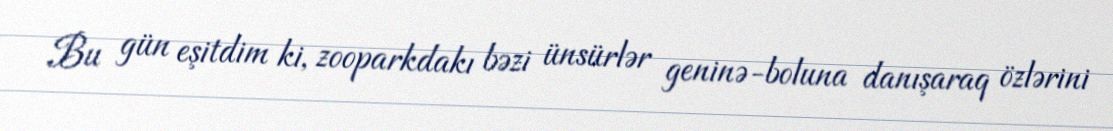
Bu gün eşitdim ki, zooparkdakı bəzi ünsürlər geninə-boluna danışaraq özlərini